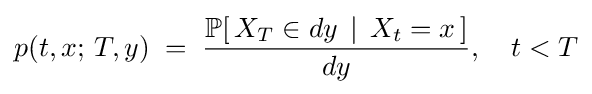
p(t,x;\,T,y)\;=\;{\frac {\mathbb {P} [\,X_{T}\in dy\,\mid \,X_{t}=x\,]}{dy}},\quad t<T